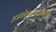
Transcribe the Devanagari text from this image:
उपकोषागारासाठी